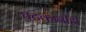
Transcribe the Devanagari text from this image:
घटकांनीही